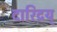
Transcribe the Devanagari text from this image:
दारिद्रय्